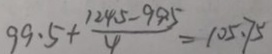
9 9 . 5 + \frac { 1 2 4 . 5 - 9 9 . 5 } { 4 } = 1 0 5 . 7 5